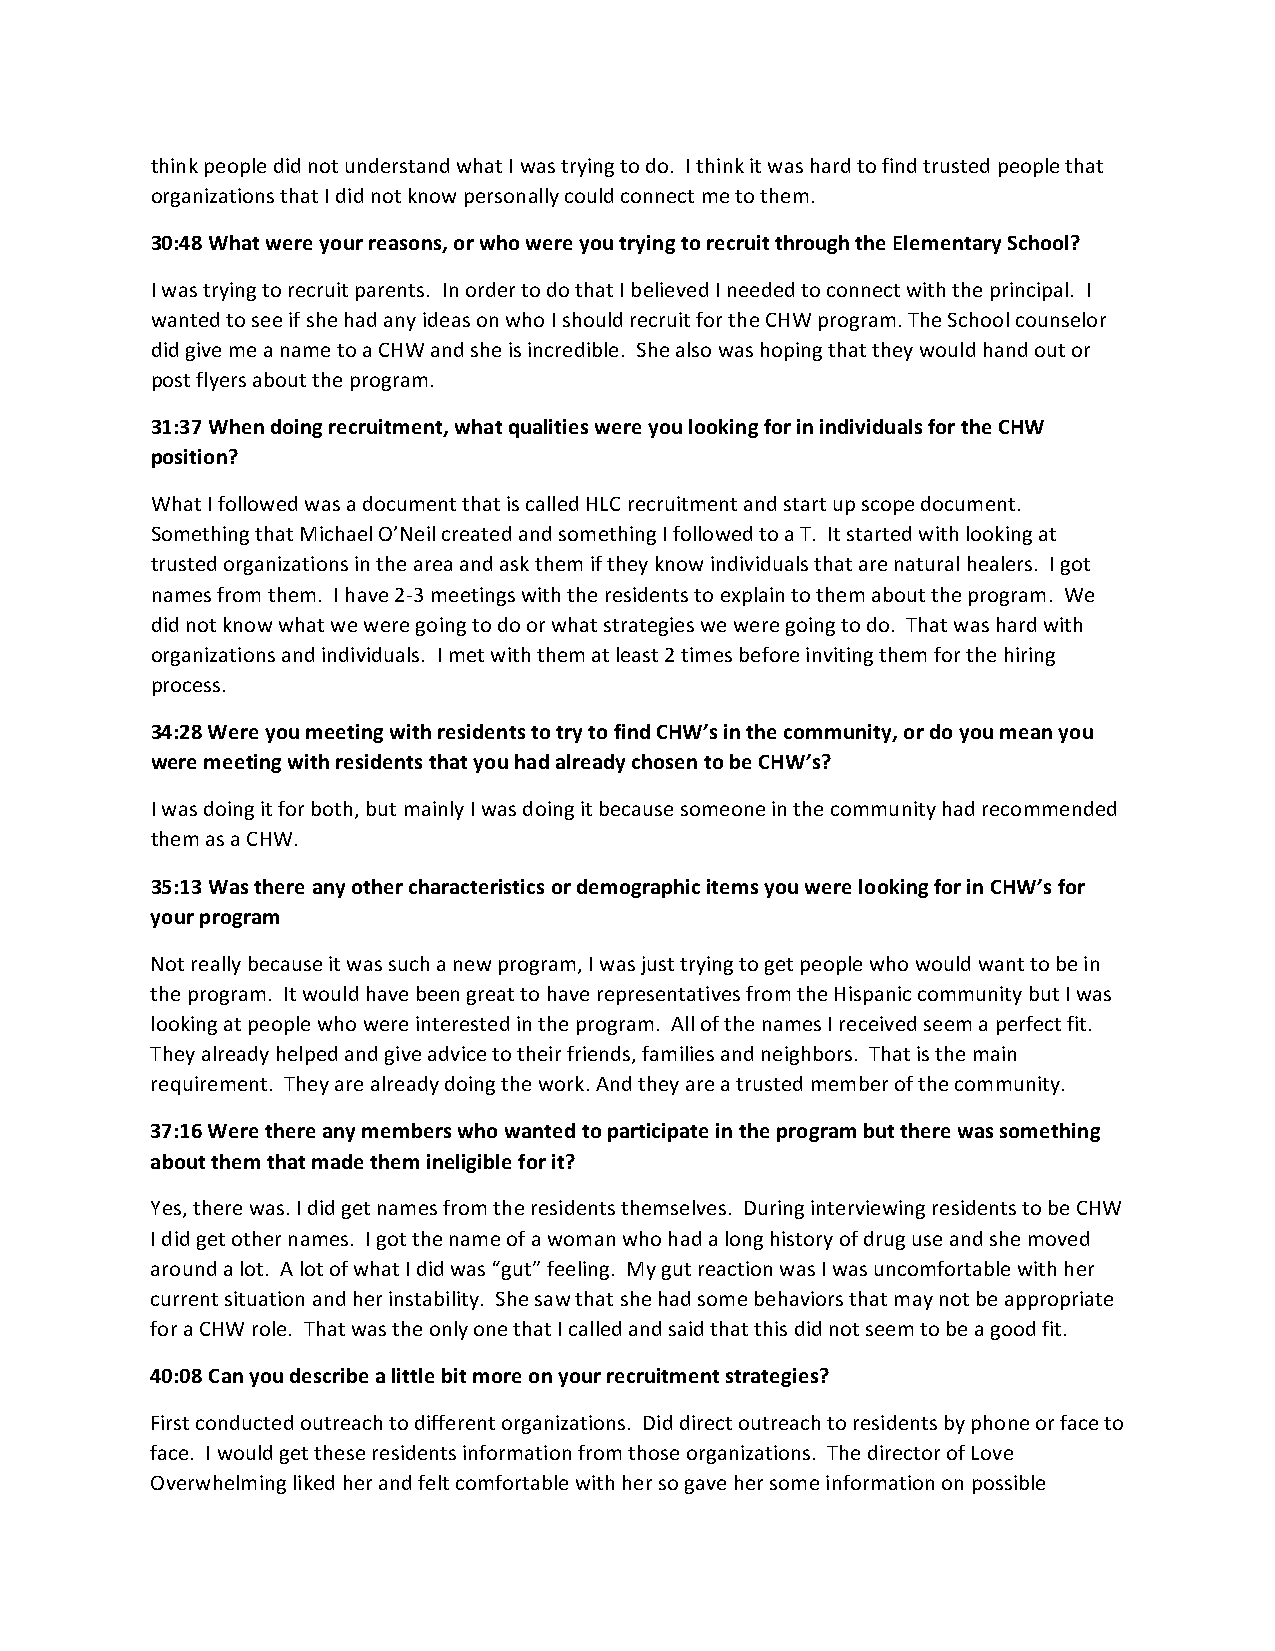
think people did not understand what I was trying to do. I think it was hard to find trusted people that
 organizations that I did not know personally could connect me to them.
 30:48 What were your reasons, or who were you trying to recruit through the Elementary School?
 I was trying to recruit parents. In order to do that I believed I needed to connect with the principal. I
 wanted to see if she had any ideas on who I should recruit for the CHW program. The School counselor
 did give me a name to a CHW and she is incredible. She also was hoping that they would hand out or
 post flyers about the program.
 31:37 When doing recruitment, what qualities were you looking for in individuals for the CHW
 position?
 What I followed was a document that is called HLC recruitment and start up scope document.
 Something that Michael O’Neil created and something I followed to a T. It started with looking at
 trusted organizations in the area and ask them if they know individuals that are natural healers. I got
 names from them. I have 2-3 meetings with the residents to explain to them about the program. We
 did not know what we were going to do or what strategies we were going to do. That was hard with
 organizations and individuals. I met with them at least 2 times before inviting them for the hiring
 process.
 34:28 Were you meeting with residents to try to find CHW’s in the community, or do you mean you
 were meeting with residents that you had already chosen to be CHW’s?
 I was doing it for both, but mainly I was doing it because someone in the community had recommended
 them as a CHW.
 35:13 Was there any other characteristics or demographic items you were looking for in CHW’s for
 your program
 Not really because it was such a new program, I was just trying to get people who would want to be in
 the program. It would have been great to have representatives from the Hispanic community but I was
 looking at people who were interested in the program. All of the names I received seem a perfect fit.
 They already helped and give advice to their friends, families and neighbors. That is the main
 requirement. They are already doing the work. And they are a trusted member of the community.
 37:16 Were there any members who wanted to participate in the program but there was something
 about them that made them ineligible for it?
 Yes, there was. I did get names from the residents themselves. During interviewing residents to be CHW
 I did get other names. I got the name of a woman who had a long history of drug use and she moved
 around a lot. A lot of what I did was “gut” feeling. My gut reaction was I was uncomfortable with her
 current situation and her instability. She saw that she had some behaviors that may not be appropriate
 for a CHW role. That was the only one that I called and said that this did not seem to be a good fit.
 40:08 Can you describe a little bit more on your recruitment strategies?
 First conducted outreach to different organizations. Did direct outreach to residents by phone or face to
 face. I would get these residents information from those organizations. The director of Love
 Overwhelming liked her and felt comfortable with her so gave her some information on possible